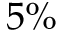
5 \%